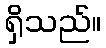
ရှိသည်။